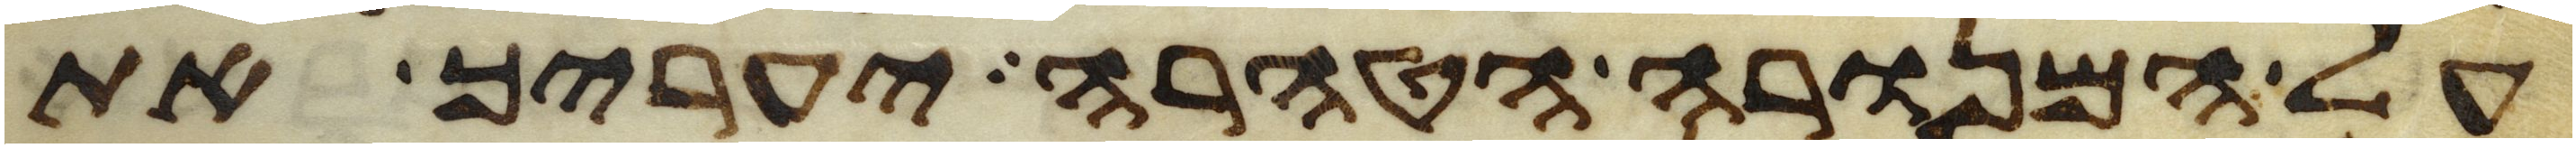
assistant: על המנורה הטהרה יעריך את